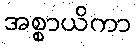
အစ္စာယိကာ